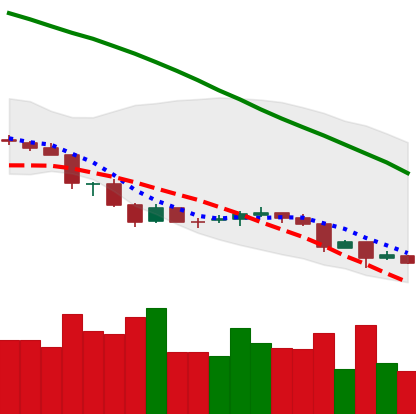
Ticker: NEO-USD
Chart end date: 2018-06-26
Forward return: 3.383%
Label: up_3_5